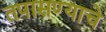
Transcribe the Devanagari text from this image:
तपासण्याचे